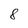
Character: 8